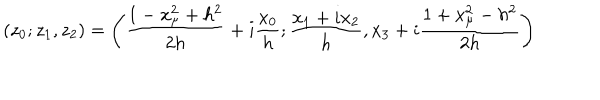
LaTeX: ( z _ { 0 } ; z _ { 1 } , z _ { 2 } ) = \left( { \frac { 1 - x _ { \mu } ^ { 2 } + h ^ { 2 } } { 2 h } } + i { \frac { x _ { 0 } } { h } } ; { \frac { x _ { 1 } + i x _ { 2 } } { h } } , x _ { 3 } + i { \frac { 1 + x _ { \mu } ^ { 2 } - h ^ { 2 } } { 2 h } } \right)